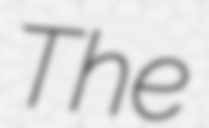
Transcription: The